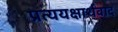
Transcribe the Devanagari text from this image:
प्रत्ययक्षार्थवाद